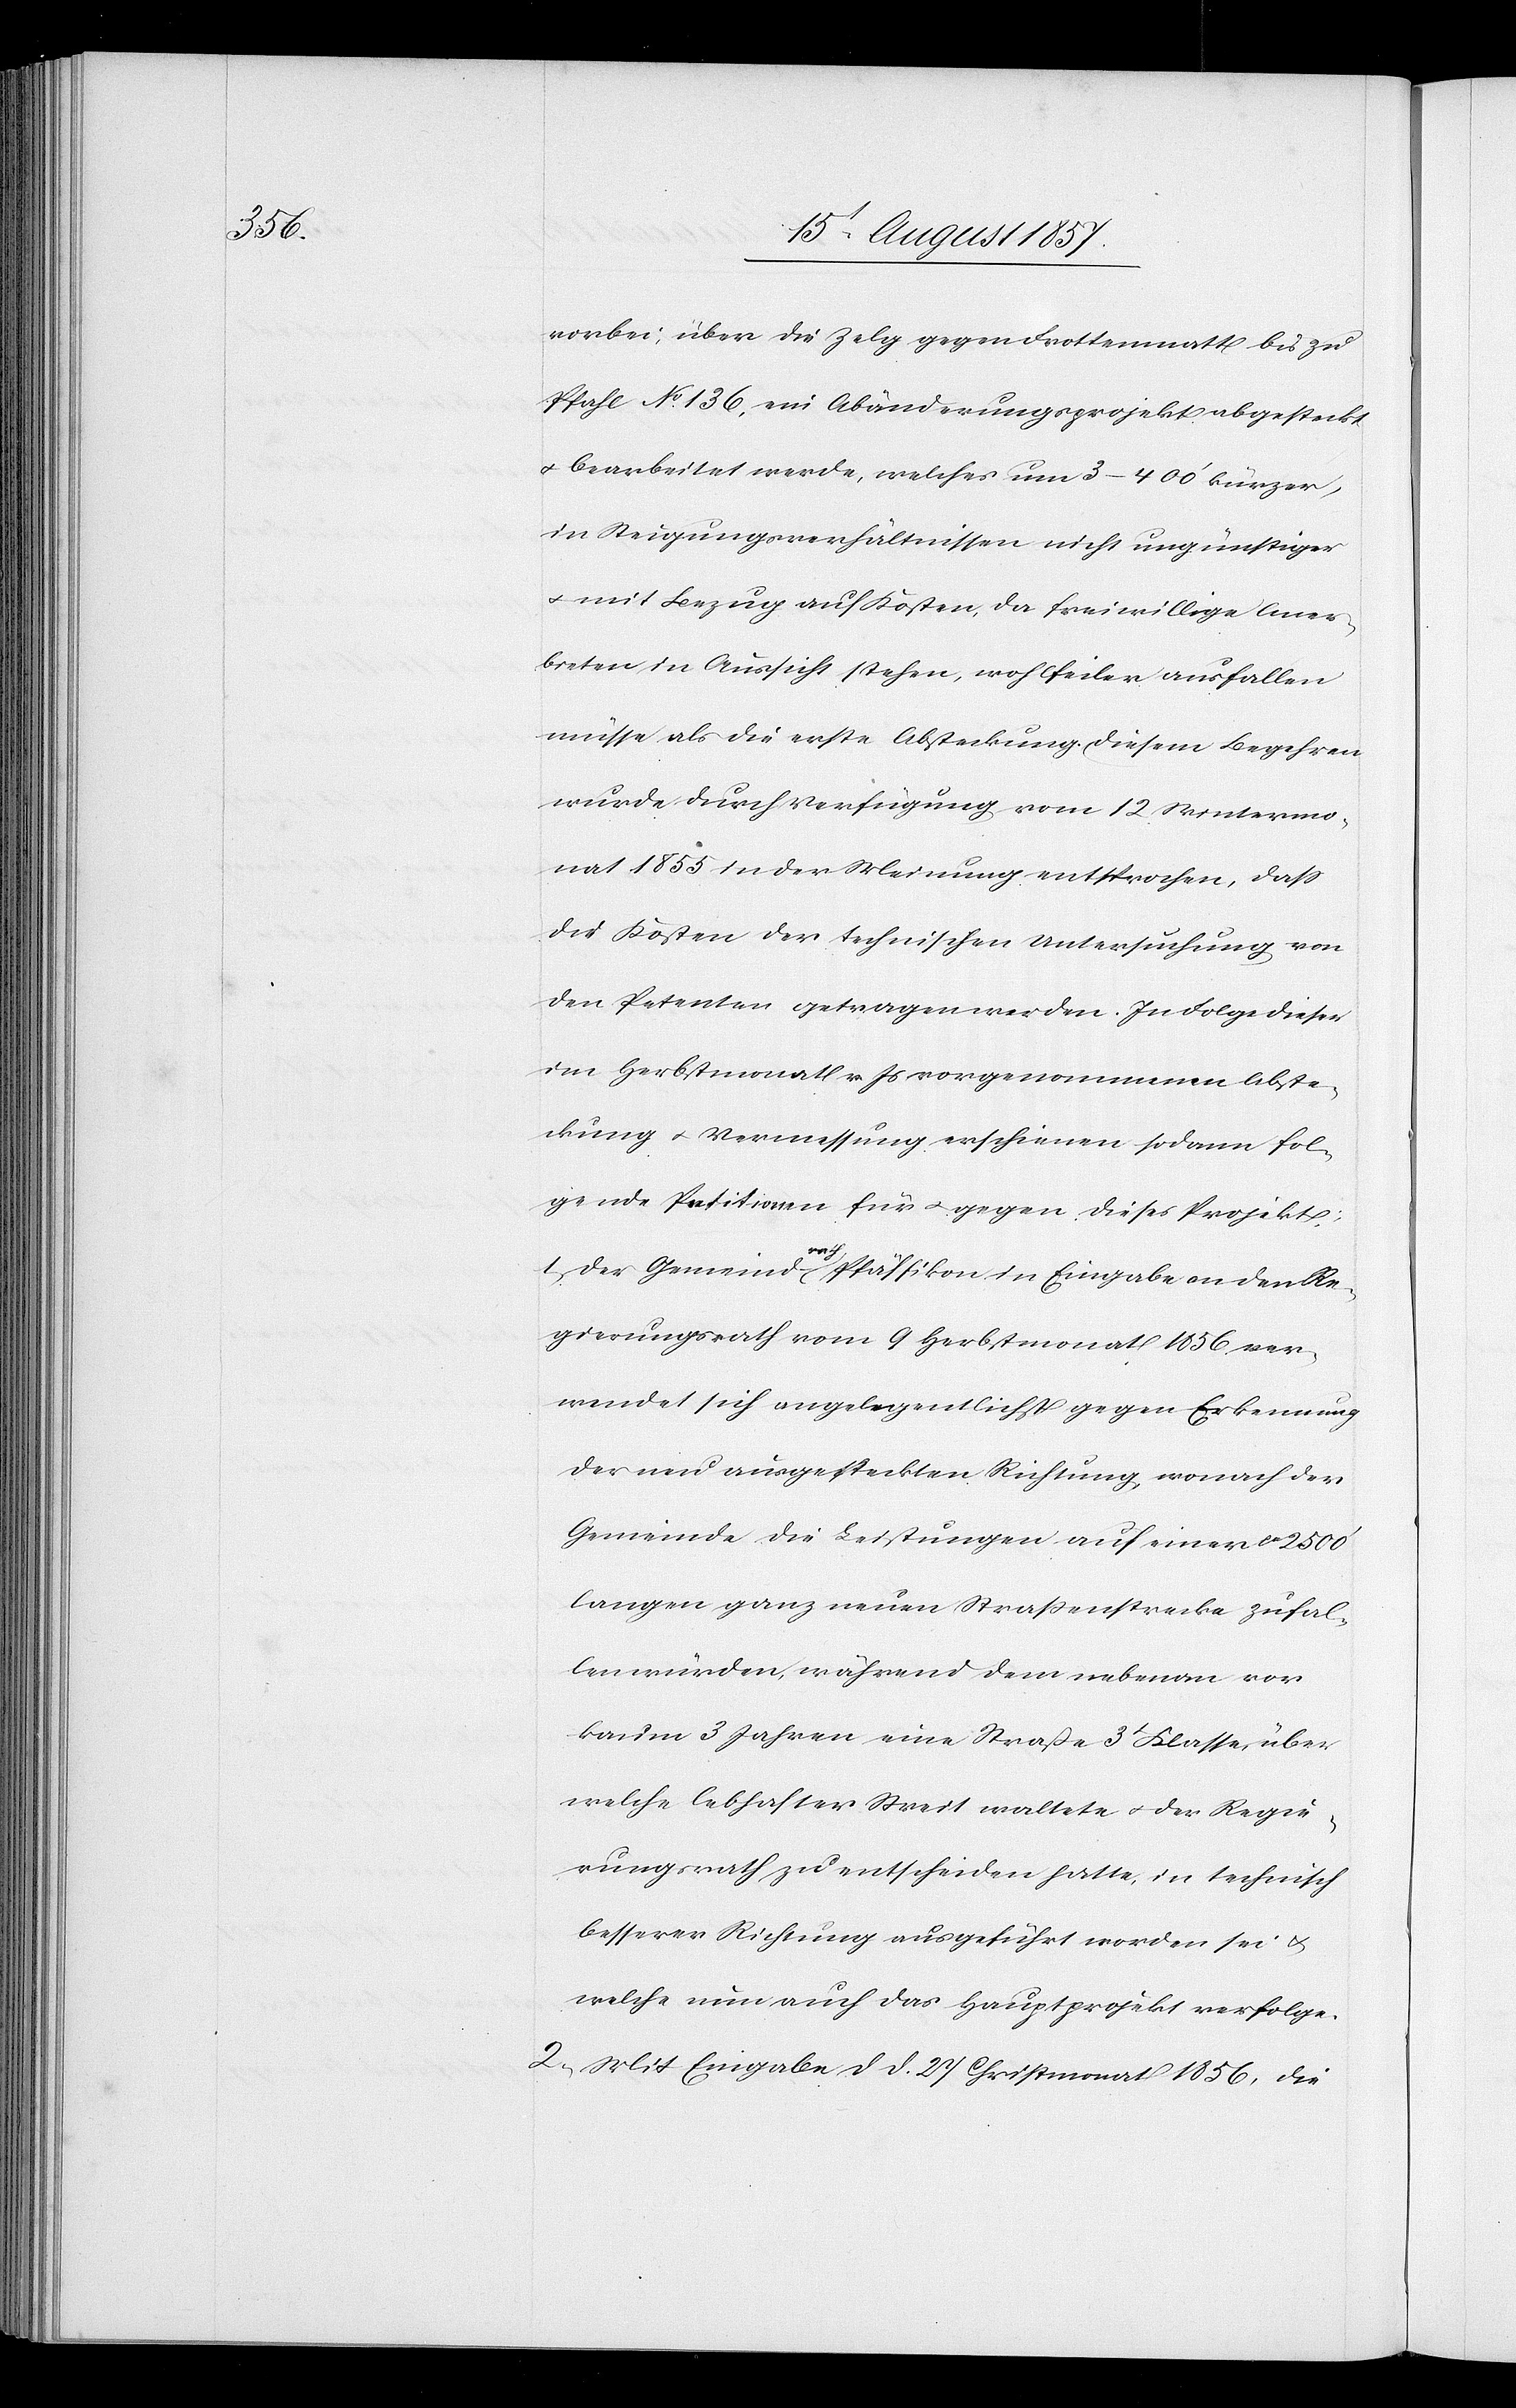
vorbei, über die Zelg gegen Frottenmatt bis zu
Pfahl No 136, ein Abänderungsobjekt abgesteckt
& bearbeitet werde, welches nun 3–400’ kürzer,
in Steigerungsverhältnissen nicht ungünstiger
& mit Bezug auf Kosten, da freiwillige Aner¬
bieten in Aussicht stehen, wohlfeiler ausfallen
müsse als die erste Absteckung. Diesem Begehren
wurde durch Verfügung vom 12 Wintermo¬
nat 1855 in der Meinung entsprochen, daß
die Kosten der technischen Untersuchung von
den Petenten getragen werden. In Folge dieser
im Herbstmonat v. Js. vorgenommenen Abste¬
ckung & Vermessung erschienen sodann fol¬
gende Petitionen für & gegen dieses Projekt.
1, Der Gemeindrath Pfäffikon in Eingabe an den Re¬
gierungsrath vom 9 Herbstmonat 1856 ver¬
wendet sich angelegentlichst gegen Erkennung
der neu ausgesteckten Richtung, wonach der
Gemeinde die Leistungen auf einer ca 2500’
langen ganz neuen Straßenstrecke zufal¬
len würden, während dem nebenan vor
kaum 3 Jahren eine Straße 3t Klasse über
welche lebhafter Streit waltete & der Regie¬
rungsrath zu entscheiden hatte, in technisch
besserer Richtung ausgeführt worden sei &
welche nun auch das Hauptprojekt verfolge.
2, Mit Eingabe d. d. 27 Christmonat 1856, die